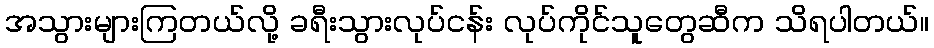
အသွားများကြတယ်လို့ ခရီးသွားလုပ်ငန်း လုပ်ကိုင်သူတွေဆီက သိရပါတယ်။